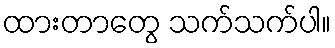
ထားတာတွေ သက်သက်ပါ။